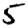
Digit: 5